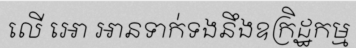
លើ អោ អានទាក់ទងនឹងឧក្រិដ្ឋកម្ម